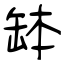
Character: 缽